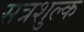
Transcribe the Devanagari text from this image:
सत्रशुल्क